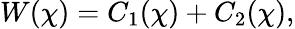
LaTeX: W(\chi)=C_{1}(\chi)+C_{2}(\chi),